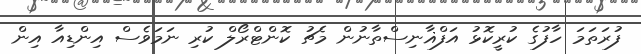
ފުރަތަމަ ހާފުގެ ކުރީކޮޅު އަފްޣާނިސްތާނުން މެޗު ކޮންޓްރޯލް ކުރި ނަމަވެސް އިންޑިއާ އިން